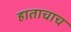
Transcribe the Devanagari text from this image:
हाताचाच